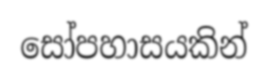
සෝපහාසයකින්